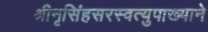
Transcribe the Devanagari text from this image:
श्रीनृसिंहसरस्वत्युपाख्याने